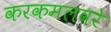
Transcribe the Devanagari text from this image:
करकमलवरे